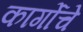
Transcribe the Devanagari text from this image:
कार्गोचे